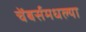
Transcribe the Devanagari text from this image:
चेंबर्समधल्या